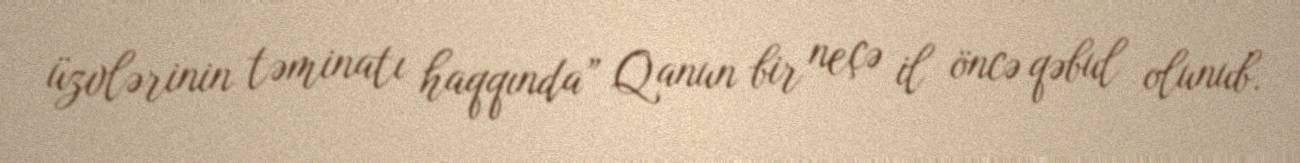
üzvlərinin təminatı haqqında” Qanun bir neçə il öncə qəbul olunub.